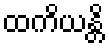
ထကိယန္တိ